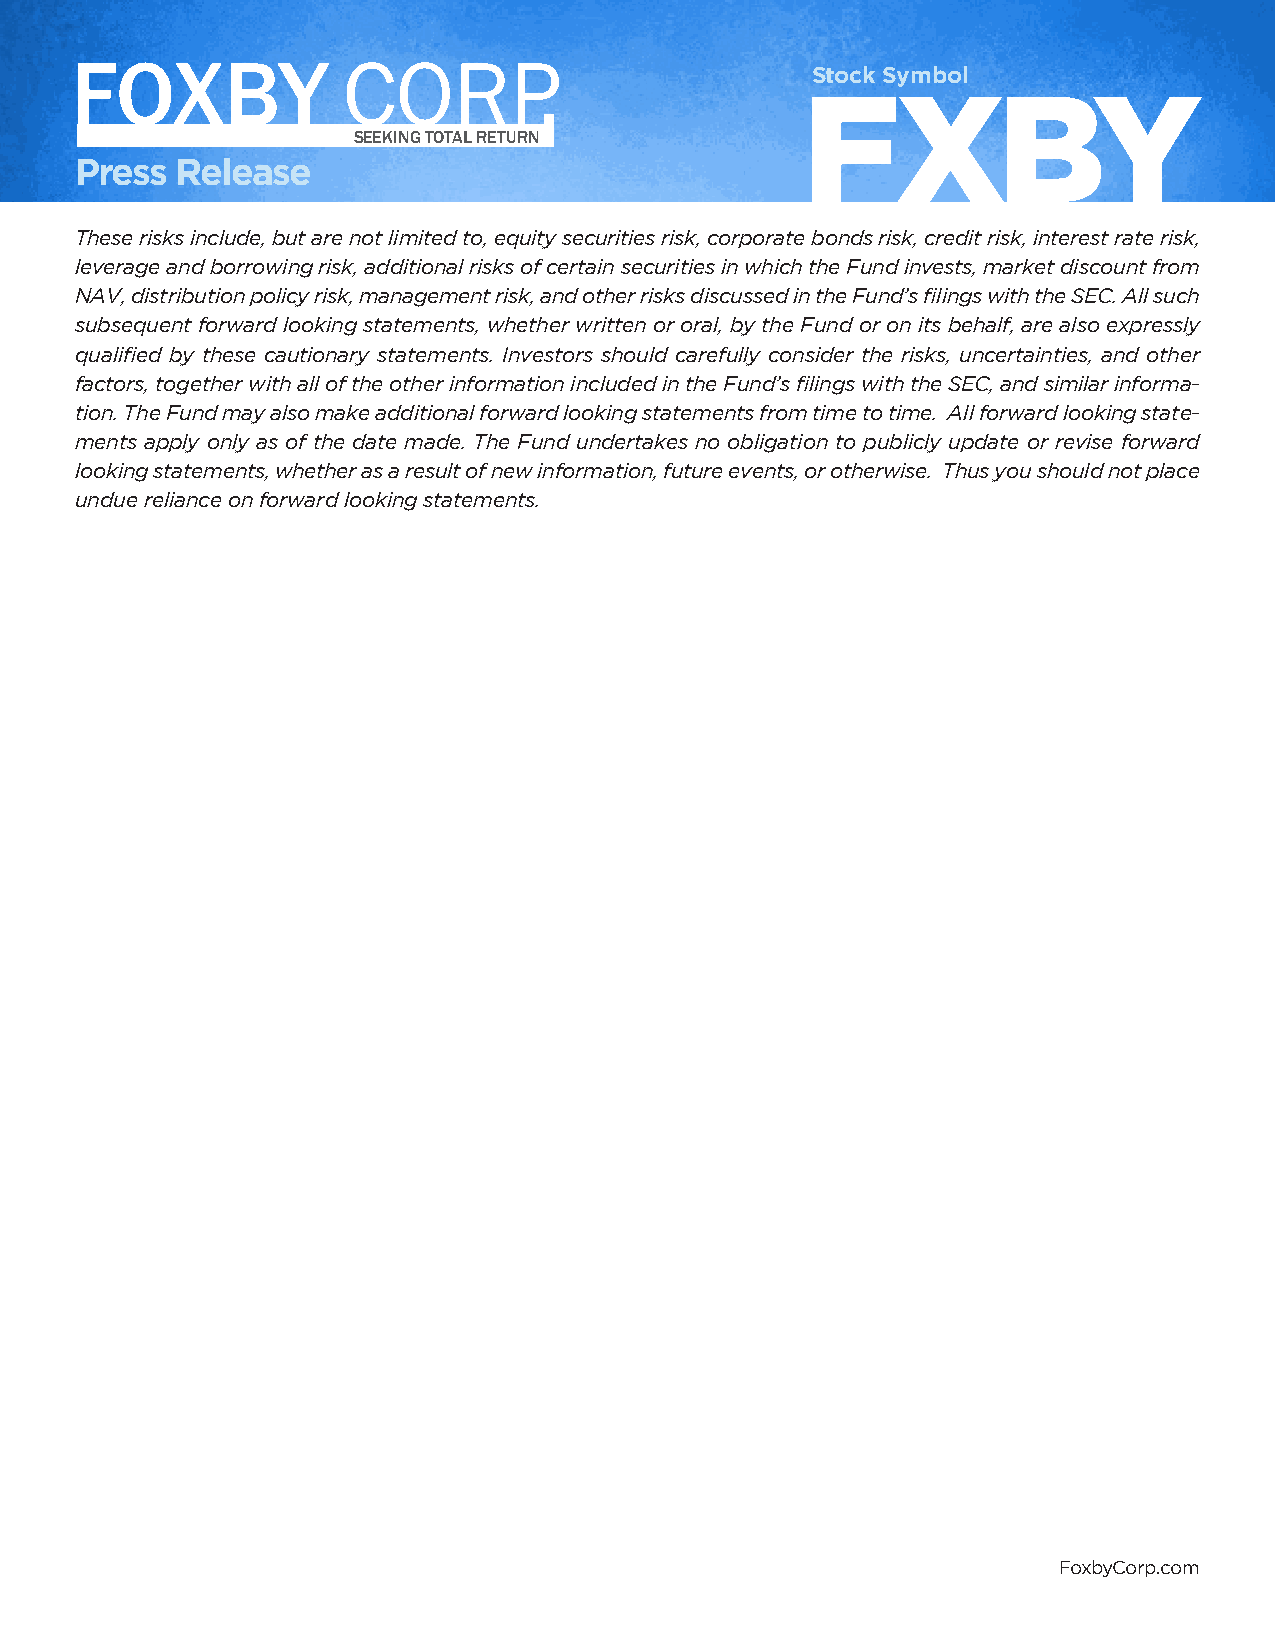
FOXBY             CORP.                          Stock Symbol
 FXBY
 SEEKING TOTAL RETURN
 Press  Release
 These risks include, but are not limited to, equity securities risk, corporate bonds risk, credit risk, interest rate risk,
 leverage and borrowing risk, additional risks of certain securities in which the Fund invests, market discount from
 NAV, distribution policy risk, management risk, and other risks discussed in the Fund’s filings with the SEC. All such
 subsequent forward looking statements, whether written or oral, by the Fund or on its behalf, are also expressly
 qualified by these cautionary statements. Investors should carefully consider the risks, uncertainties, and other
 factors, together with all of the other information included in the Fund’s filings with the SEC, and similar informa-
 tion. The Fund may also make additional forward looking statements from time to time. All forward looking state-
 ments apply only as of the date made. The Fund undertakes no obligation to publicly update or revise forward
 looking statements, whether as a result of new information, future events, or otherwise. Thus you should not place
 undue reliance on forward looking statements.
 FoxbyCorp.com